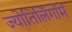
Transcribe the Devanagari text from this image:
ज्योतिर्लिंगोंमें